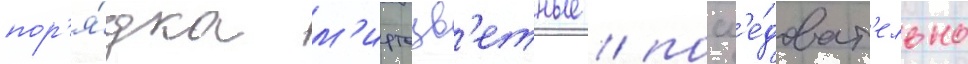
пор'я́дка м'иртоцв'етные / посл'е́доват'ельно